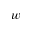
w